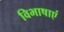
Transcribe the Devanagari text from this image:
विभाषाएं